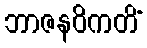
ဘာဇနဝိကတိံ